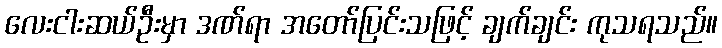
လေးငါးဆယ်ဦးမှာ ဒဏ်ရာ အတော်ပြင်းသဖြင့် ချက်ချင်း ကုသရသည်။